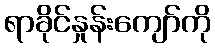
ရာခိုင်နှုန်းကျော်ကို